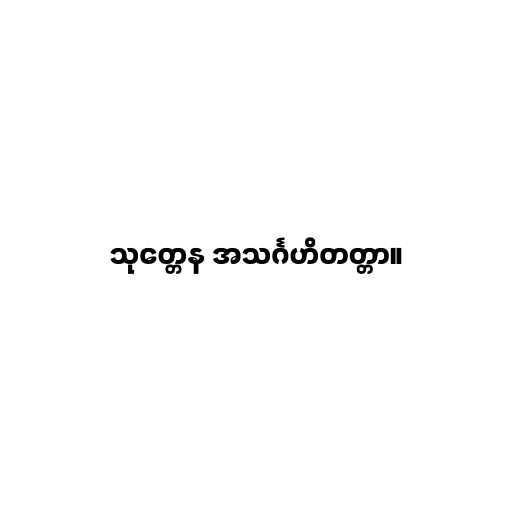
သုတ္တေန အသင်္ဂဟိတတ္တာ။